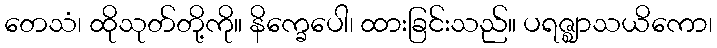
တေသံ၊ ထိုသုတ်တို့ကို။ နိက္ခေပေါ၊ ထားခြင်းသည်။ ပရဇ္ဈာသယိကော၊